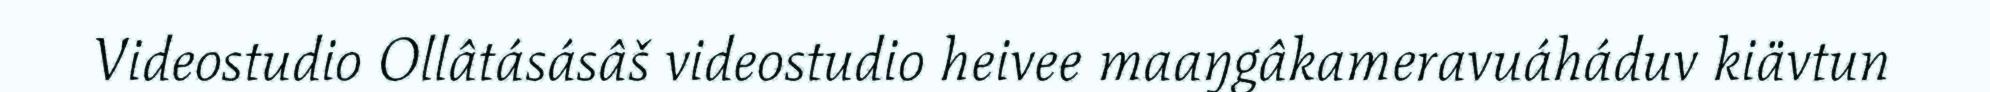
Videostudio Ollâtásásâš videostudio heivee maaŋgâkameravuáháduv kiävtun